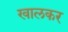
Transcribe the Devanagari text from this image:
खालकर